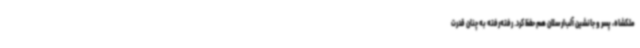
ملکشاه، پسر و جانشین آلب‌ارسلان هم حفظ کرد. رفته‌رفته به چنان قدرت